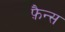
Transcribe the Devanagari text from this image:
फ़ैन्स